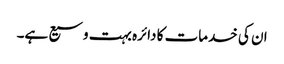
ان کی خدمات کا دائرہ بہت وسیع ہے۔